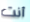
أنت